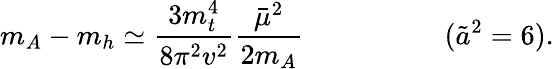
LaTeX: m_{A}-m_{h}\simeq\frac{3m_{t}^{4}}{8\pi^{2}v^{2}}\frac{\bar{\mu}^{2}}{2m_{A}}\; \; \; \; \; \; \; \; \; \; \; \; \; \; \; \; \; \; (\tilde{a}^{2}=6).